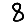
Digit: 8